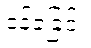
ဝန်ခံခြင်း